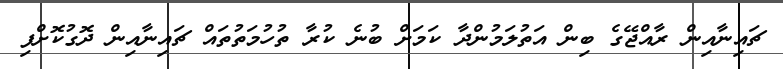
ޗައިނާއިން ރާއްޖޭގެ ބިން އަތުލަމުންދާ ކަމަށް ބުނެ ކުރާ ތުހުމަތުތައް ޗައިނާއިން ދޮގުކޮށްފި